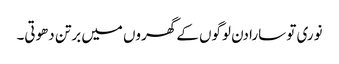
نوری تو سارا دن لوگوں کے گھروں میں برتن دھوتی۔